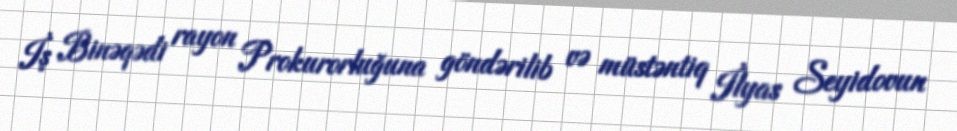
İş Binəqədi rayon Prokurorluğuna göndərilib və müstəntiq İlyas Seyidovun